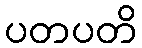
ပတပတိ